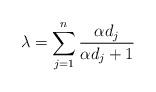
LaTeX: \begin{align*}\lambda=\sum_{j=1}^n \frac{\alpha d_j}{\alpha d_j+1}\end{align*}